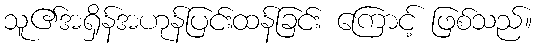
သူ၏အရှိန်အဟုန်ပြင်းထန်ခြင်း ကြောင့် ဖြစ်သည်။